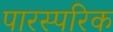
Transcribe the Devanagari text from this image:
पारस्‍परिक